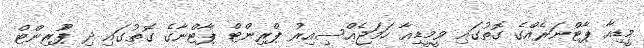
މީޑިއާ ޕާޓްނަރެއްގެ ގޮތުގައި ވީމީޑިއާ ހަމަޖެއްސިއިރު ޕްރިންޓް ޕާޓްނާގެ ގޮތުގައި ދި ޕުްރިންޓް